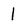
Character: 1